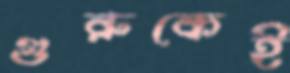
গুরুকেই